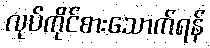
လုပ်ကိုင်စားသောက်ရန်